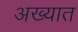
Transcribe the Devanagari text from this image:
अख्यात